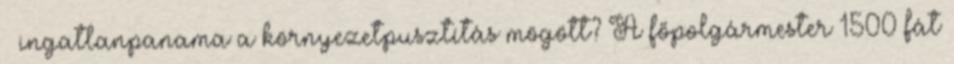
– ingatlanpanama a környezetpusztítás mögött? A főpolgármester 1500 fát